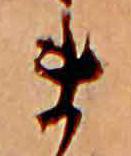
ま